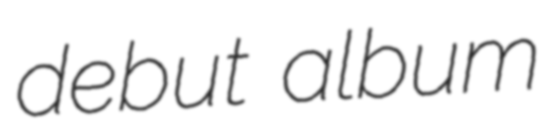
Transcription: debut album